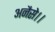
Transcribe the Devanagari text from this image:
अनैसे।।